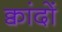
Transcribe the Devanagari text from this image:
क्वांदों